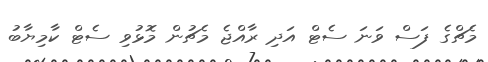
މެޗްގެ ފަސް ވަނަ ސެޓް އަދި ރާއްޖެ މެޗުން މޮޅުވި ސެޓް ކާމިޔާބު